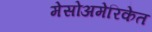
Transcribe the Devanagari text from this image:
मेसोअमेरिकेत